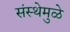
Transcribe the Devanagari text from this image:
संस्थेमुळे